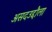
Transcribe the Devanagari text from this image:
असदउद्दौला